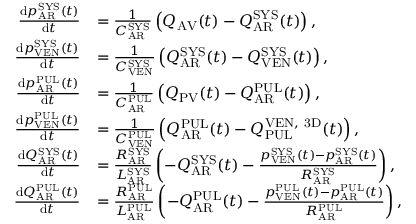
\begin{array} { r l } { \frac { \mathrm d p _ { \mathrm { A R } } ^ { \mathrm { S Y S } } ( t ) } { \mathrm d t } } & { = \frac { 1 } { C _ { \mathrm { A R } } ^ { \mathrm { S Y S } } } \left( Q _ { \mathrm { A V } } ( t ) - Q _ { \mathrm { A R } } ^ { \mathrm { S Y S } } ( t ) \right) , } \\ { \frac { \mathrm d p _ { \mathrm { V E N } } ^ { \mathrm { S Y S } } ( t ) } { \mathrm d t } } & { = \frac { 1 } { C _ { \mathrm { V E N } } ^ { \mathrm { S Y S } } } \left( Q _ { \mathrm { A R } } ^ { \mathrm { S Y S } } ( t ) - Q _ { \mathrm { V E N } } ^ { \mathrm { S Y S } } ( t ) \right) , } \\ { \frac { \mathrm d p _ { \mathrm { A R } } ^ { \mathrm { P U L } } ( t ) } { \mathrm d t } } & { = \frac { 1 } { C _ { \mathrm { A R } } ^ { \mathrm { P U L } } } \left( Q _ { \mathrm { P V } } ( t ) - Q _ { \mathrm { A R } } ^ { \mathrm { P U L } } ( t ) \right) , } \\ { \frac { \mathrm d p _ { \mathrm { V E N } } ^ { \mathrm { P U L } } ( t ) } { \mathrm d t } } & { = \frac { 1 } { C _ { \mathrm { V E N } } ^ { \mathrm { P U L } } } \left( Q _ { \mathrm { A R } } ^ { \mathrm { P U L } } ( t ) - Q _ { \mathrm { P U L } } ^ { \mathrm { V E N , ~ 3 D } } ( t ) \right) , } \\ { \frac { \mathrm d Q _ { \mathrm { A R } } ^ { \mathrm { S Y S } } ( t ) } { \mathrm d t } } & { = \frac { R _ { \mathrm { A R } } ^ { \mathrm { S Y S } } } { L _ { \mathrm { A R } } ^ { \mathrm { S Y S } } } \left( - Q _ { \mathrm { A R } } ^ { \mathrm { S Y S } } ( t ) - \frac { p _ { \mathrm { V E N } } ^ { \mathrm { S Y S } } ( t ) - p _ { \mathrm { A R } } ^ { \mathrm { S Y S } } ( t ) } { R _ { \mathrm { A R } } ^ { \mathrm { S Y S } } } \right) , } \\ { \frac { \mathrm d Q _ { \mathrm { A R } } ^ { \mathrm { P U L } } ( t ) } { \mathrm d t } } & { = \frac { R _ { \mathrm { A R } } ^ { \mathrm { P U L } } } { L _ { \mathrm { A R } } ^ { \mathrm { P U L } } } \left( - Q _ { \mathrm { A R } } ^ { \mathrm { P U L } } ( t ) - \frac { p _ { \mathrm { V E N } } ^ { \mathrm { P U L } } ( t ) - p _ { \mathrm { A R } } ^ { \mathrm { P U L } } ( t ) } { R _ { \mathrm { A R } } ^ { \mathrm { P U L } } } \right) , } \end{array}